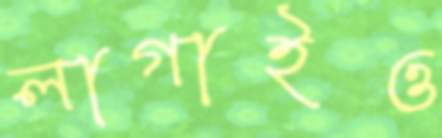
লাগাইও